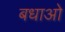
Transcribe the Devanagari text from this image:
बधाओ